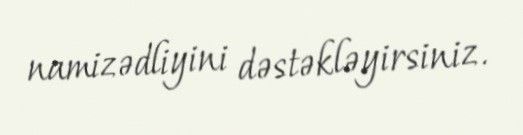
namizədliyini dəstəkləyirsiniz.